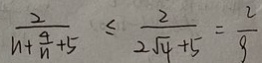
\frac { 2 } { n + \frac { 4 } { n } + 5 } \leq \frac { 2 } { 2 \sqrt { 4 } + 5 } = \frac { 2 } { 9 }